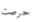
حرصت